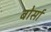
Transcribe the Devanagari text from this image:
बोर्सा